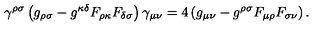
\gamma ^ { \rho \sigma } \left( g _ { \rho \sigma } - g ^ { \kappa \delta } F _ { \rho \kappa } F _ { \delta \sigma } \right) \gamma _ { \mu \nu } = 4 \left( g _ { \mu \nu } - g ^ { \rho \sigma } F _ { \mu \rho } F _ { \sigma \nu } \right) .